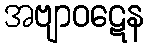
အဗျာဝဋေန